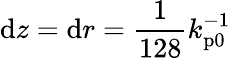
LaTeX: \mathrm{d}z=\mathrm{d}r=\frac{1}{128}k_{\mathrm{p0}}^{-1}